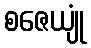
စဇေယျုံ